NAE_ERA_R-1950_Eesti_Ajakirjanike_Liit, lk 32
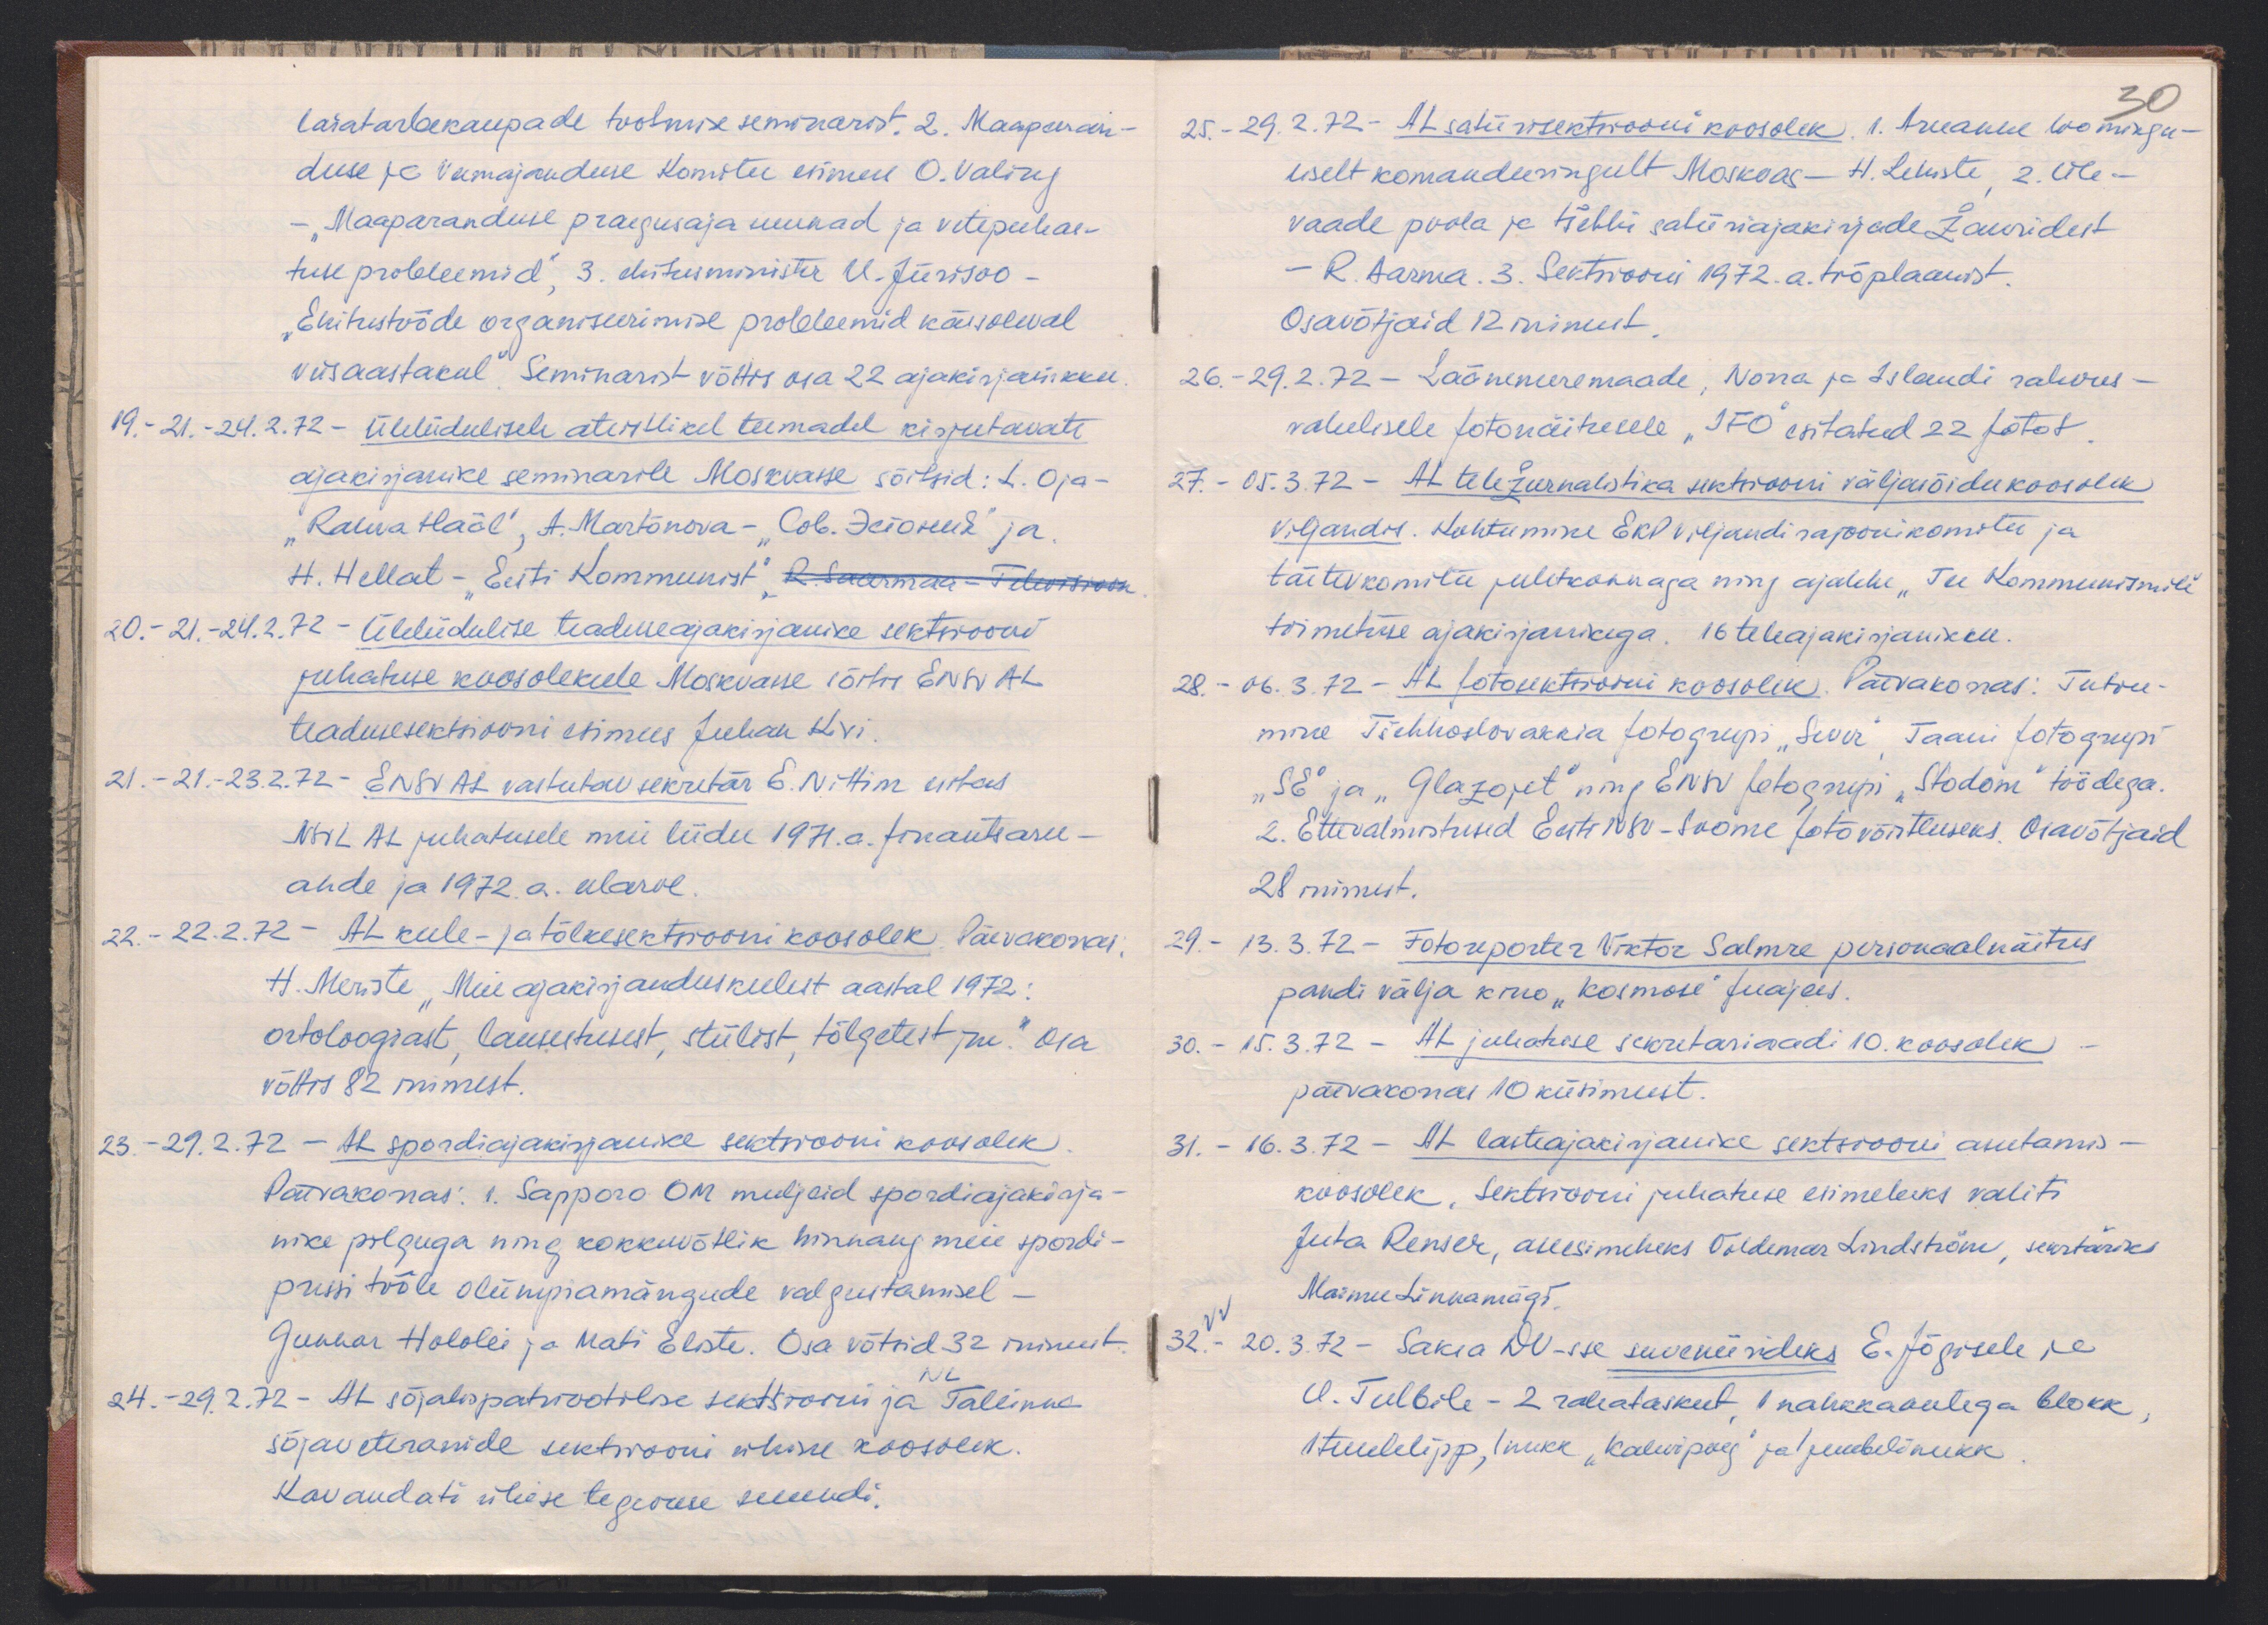
laiatarbekaupade tootmise seminarist. 2. Maaparan-
duse ja veemajanduse Komitee esimees O. Valing
- "Maaparanduse praegusaja suunad ja vetepuhas-
tuse probleemid", 3. ehitusminister U. Jürisoo -
"Ehitustööde organiseerimise probleemid käesoleval
viisaastakul". Seminarist võttis osa 22 ajakirjanikku
19. - 21.-24.2.72 - Üleliidulisele ateistlikel teemadel kirjutavate
ajakirjanike seminarile Moskvasse sõitsid: L. Oja -
"Rahva Hääl", A. Martõnova - "Cob. Jeioreed" ja
H. Hellat - "Eesti Kommunist" R. Saarmaa -Televisioon
20. - 21.- 24.2.72 - Üleliidulise teaduseajakirjanike sektsiooni
juhatuse koosolekule Moskvasse sõitis ENSV AL
teadusesektsiooni esimees Juhan Kivi.
21. - 21.-23.2.72- ENSV AL vastutav sekretär E. Nittim esitas
NSVL AL juhatusele meie liidu 1971. a. finantsaru-
ande ja 1972. a. eelarve.
22. - 22.2.72 AL keele- ja tõlkesektsiooni koosolek. Päevakorras
H. Meriste "Meie ajakirjanduskeelest aastal 1972:
ortoloogiast, lausestusest, stiilist, tõlgetest jne." Osa
võttis 82 inimest.
23. - 29.2.72 - AL spordiajakirjanike sektsiooni koosolek
Päevakorras: 1. Sapporo OM muljeid spordiajakirja-
nike pilguga ning kokkuvõtlik hinnang meie spordi-
pressi tööle olümpiamängude valgustamisel-
Gunnar Hololei ja Mati Elste. Osa võtsid 32 inimest.
24. - 29.2.22 - AL sõjalispatriootilise sektsiooni ja Tallinna
sõjaveteranide sektsiooni ühine koosolek
Kavandati üldise tegevuse suundi.

25. 29.2.72- AL satiirisektsiooni koosolek 1. Aruanne loomingu-
liselt komandeeringult Moskvas - H. Lehiste, 2. Üle-
vaade poola ja tšehhi satiiriajakirjade žanridest
- R. Aarma. 3. Sektsiooni 1972. a. tööplaanist.
osavõtjaid 12 inimest.
26. - 29.2.72 - Läänemeremaade, Norra ja Islandi rahvus-
vahelisele fotonäitusele "IFO" esitatud 22 fotot.
27. - 05.3.72 - AL teležurnalistika sektsiooni väljasõidukoosolek
Viljandis. Kohtumine EKP Viljandi rajoonikomitee ja
täitevkomitee juhtkonnaga ning ajalehe "Tee Kommunismile"
toimetuse ajakirjanikega. 16 teleajakirjanikku.
28. - 06.3.72 - AL fotosektsiooni koosolek. Päevakorras: Tutvu-
mine Tšehhoslovakkia fotogrupi "Suur", Taani Fotogrupi
"SE" ja "Glazojet" ning ENSV fotogrupi "Stodom" töödega.
2. Ettevalmistused Eesti NSV-Soome fotovõistluseks. Osavõtjaid
28 inimest.
29. - 13.3.72. - Fotoreporter Viktor Salmre personaalnäitus
pandi välja kino "Kosmose" fuajees.
30. - 15.3.72 - AL juhatuse sekretariaadi 10. koosolek
päevakorras 10 küsimust.
31. - 16.3.72 - AL lasteajakirjanike sektsiooni asutamis-
koosolek. Sektsiooni juhatuse esimeheks valiti
Juta Renser, aseesimeheks Voldemar Lindström, sekretäriks
Maimu Linnamägi.
32. - 20.3.72 - Saksa DV-sse suveniirideks E. Jõgisele ja
U. Tulbile - 2 rahataskut, 1 nahkkaantega blokk,
1 tuulelipp, 1 nukk "Kalevipoeg" ja 1 juubelinukk